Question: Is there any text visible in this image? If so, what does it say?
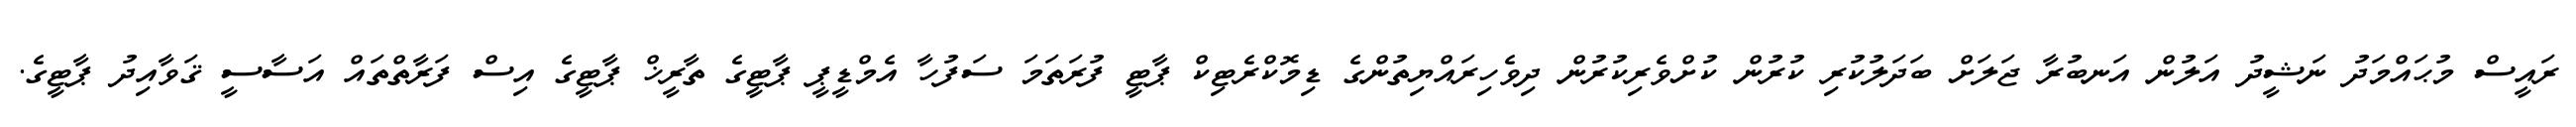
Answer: ރައީސް މުޙައްމަދު ނަޝީދު އަލުން އަނބުރާ ޖަލަށް ބަދަލުކުރި ކުރުން ކުށްވެރިކުރުން ދިވެހިރައްޔިތުންގެ ޑިމޮކްރެޓިކް ޕާޓީ ފުރަތަމަ ސަފުހާ އެމްޑީޕީ ޕާޓީގެ ތާރީޚް ޕާޓީގެ އިސް ފަރާތްތައް އަސާސީ ޤަވާއިދު ޕާޓީގެ.